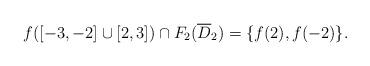
LaTeX: \begin{align*}f([-3,-2] \cup [2,3]) \cap F_2(\overline D_2)=\{f(2),f(-2)\}.\end{align*}